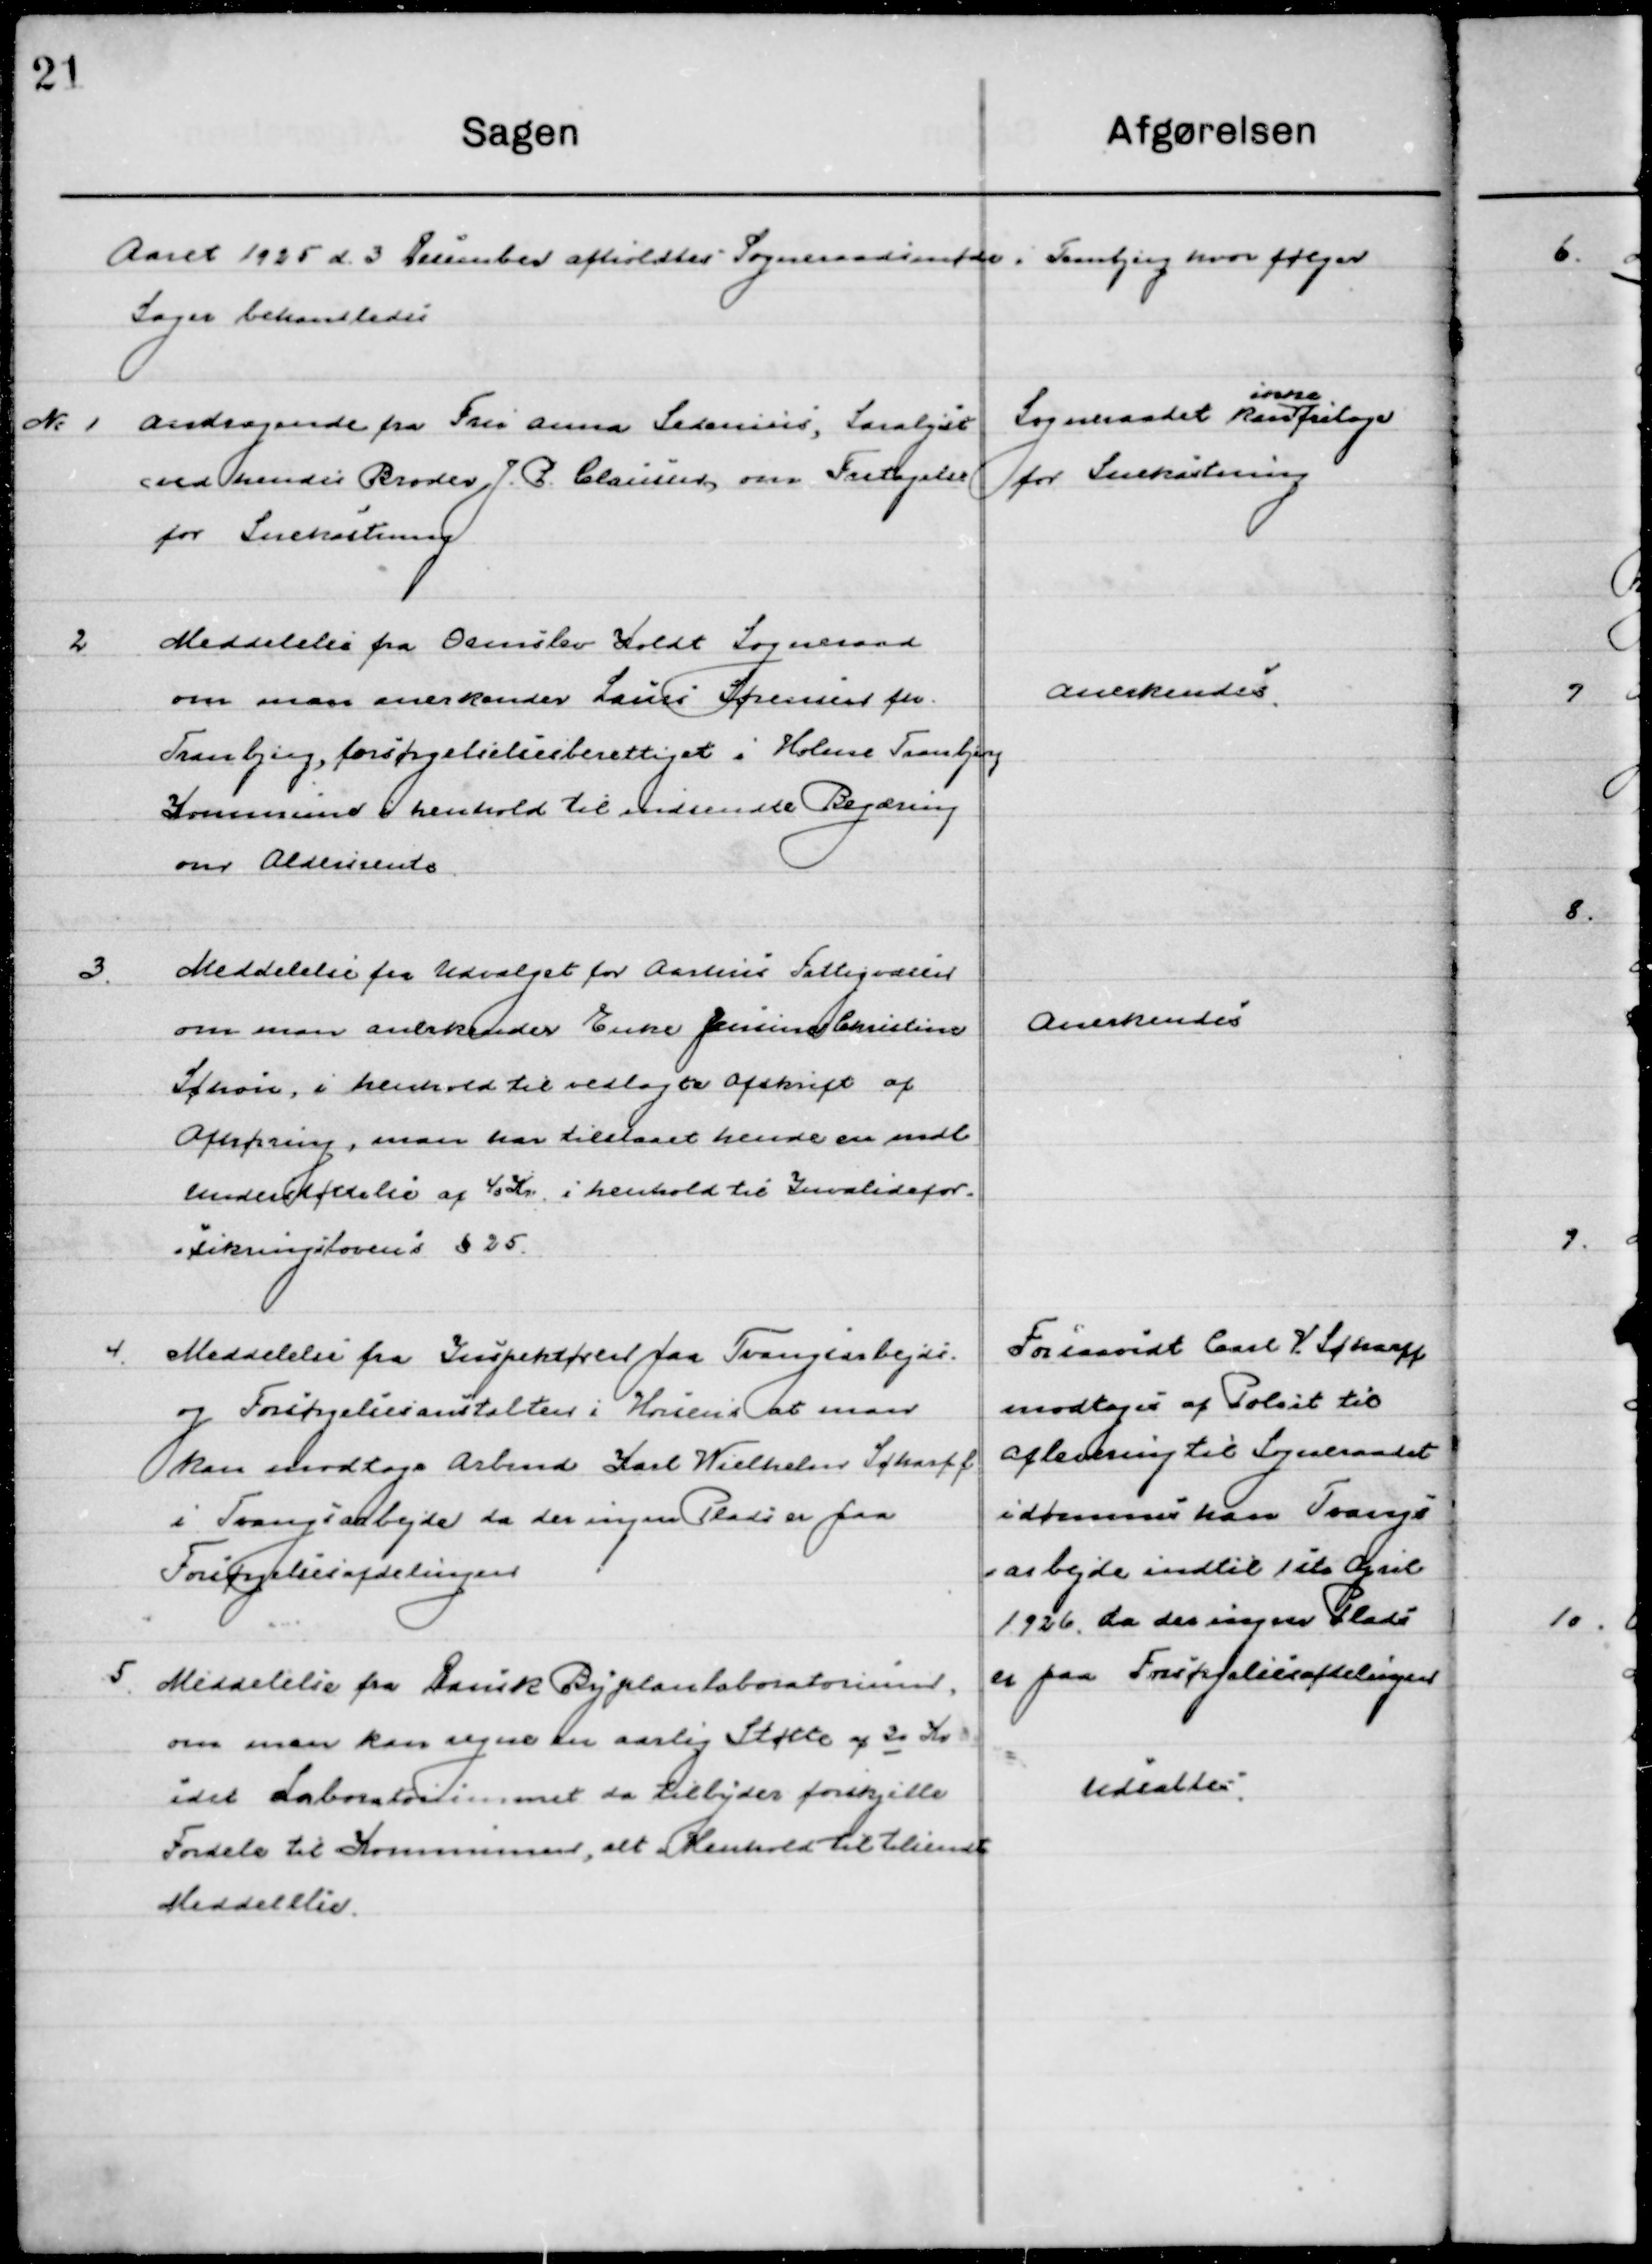
Transskription:
Aaret 1925 d. 3 December  afholdtes  Sogneraadsmøde i Tranbjerg hvor følgende 
Sager behandledes.

1

Andragende fra Fru Anna Sedenius, Saralyst
om hendes Broder J. P. Clausen, om Fritagelse
for Snekastning.

Sogneraadet kan  
ikke
fritage
for Snekastning

2

Meddelelse fra Ormslev Koldt Sogneraad
om man anerkender Lauris Sørensen fra
Tranbjerg, forsørgelsesberettiget i Holme Tranbjerg
Kommune i henhold til indsendte Begæring
om Aldersrente.

Anerkendes

3

Meddelelse fra Udvalget for Aarhus Fattigvæsen
om man anerkender Enke Jensine Christine
Schøn, i henhold til vedlagte afskrift af
Afhøring, man har tilstaaet hende en mdl.
Understøttelse af 40 Kr. i henhold til Invalidefor-
sikrings loven § 25

Anerkendes

4

Meddelelse fra Inspektører paa Tvangsarbejds-
og forsørgelsesanstalt i Horsens at man
kan modtage Arbmd. Karl Wielhelm Scharff
i Tvangsarbejde da der ingen Plads er paa
Forsørgelsesafdelingen.

Forsaavidt Carl V. Scharff 
modtages af Politiet til
aflevering til Sogneraadet
idømmes han Tvangs-
arbejde indtil 1ste April
1926, da der ingen Plads 
er paa Forsørgelsesafdelingen.

5

Meddelelse fra Dansk Byplanlaboratorium
om man kan regne en aarlig Støtte af 30 Kr. 
Idet Laboratoriummet da tilbyder forskjelle
Fordele til Kommunen, alt i Henhold til tilsendt
Meddelelse

Udsættes